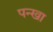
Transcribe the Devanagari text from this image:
पन्खा